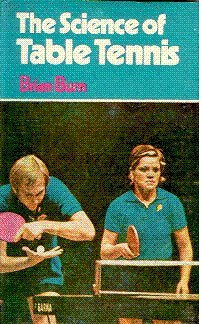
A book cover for The Science of Table Tennis; Brian Burns; Sports & Outdoors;